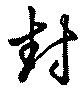
封